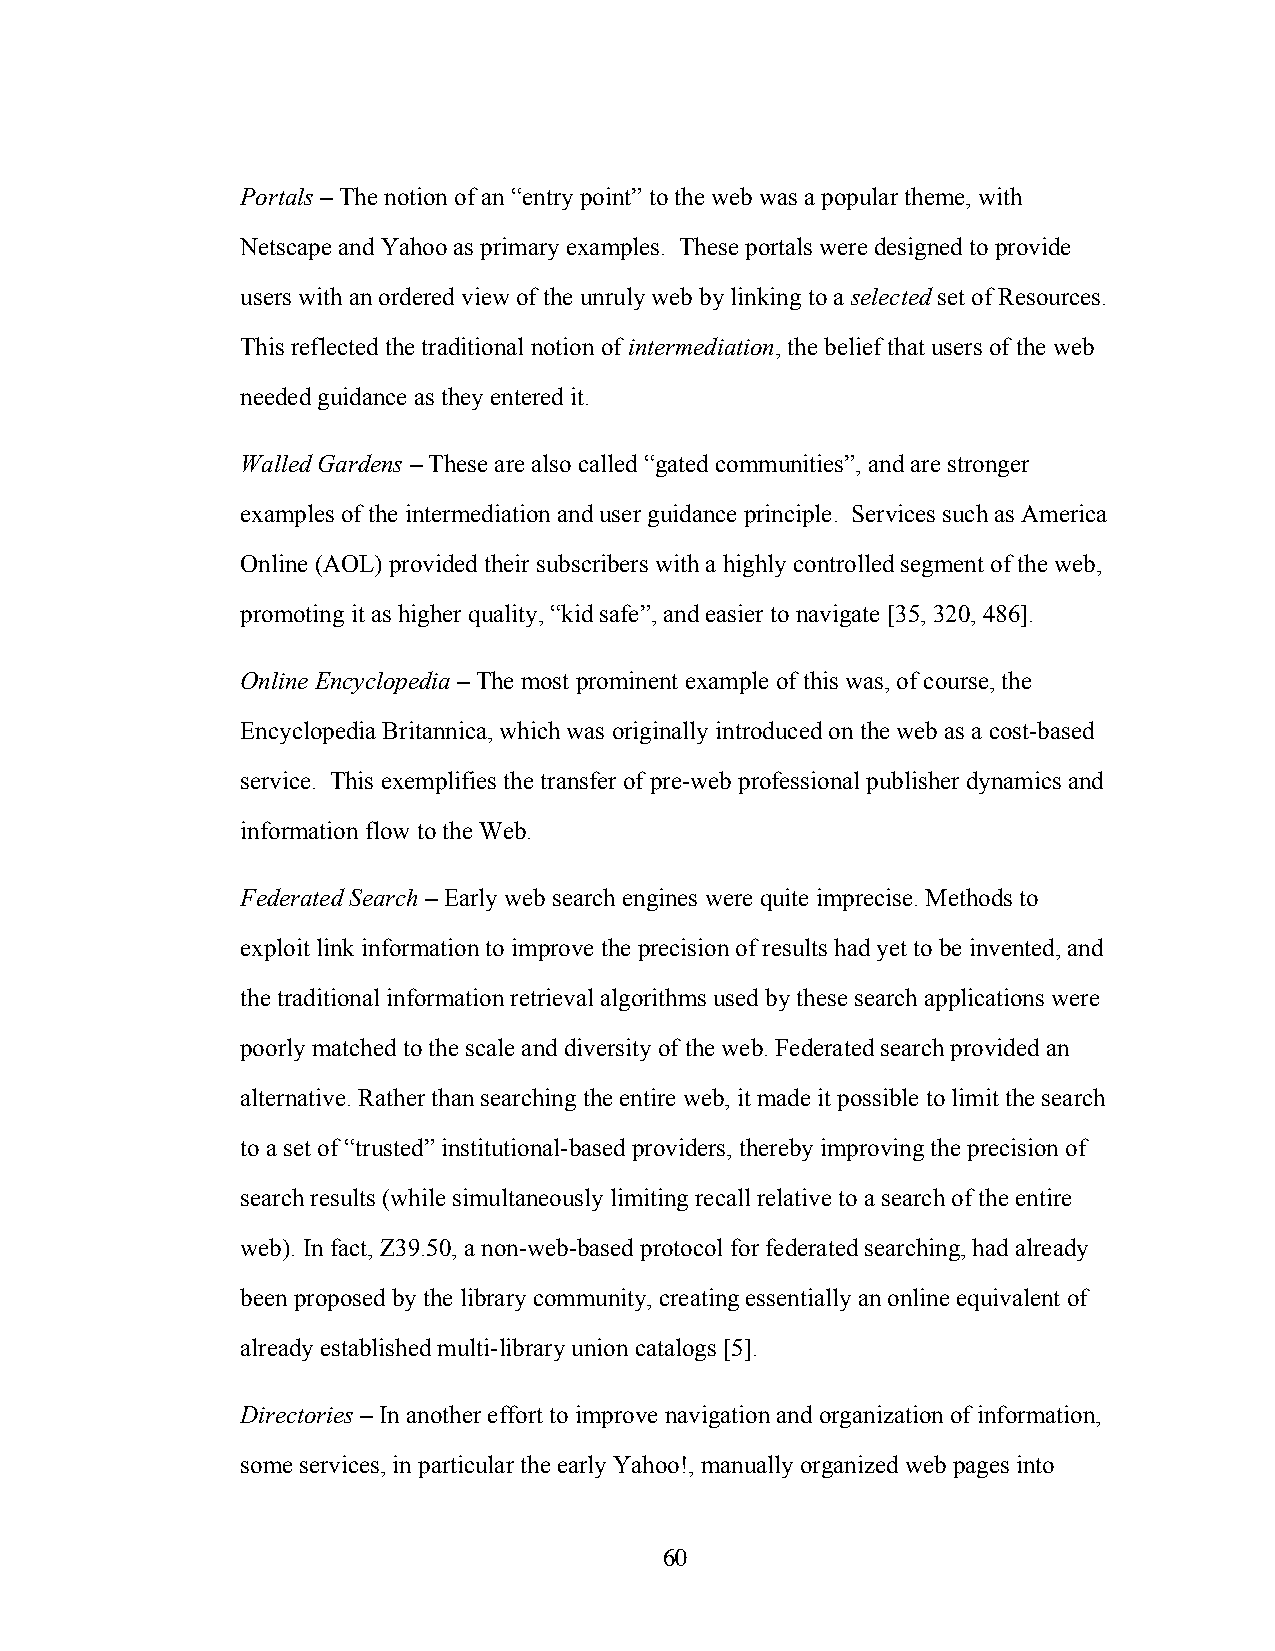
Portals – The notion of an “entry point” to the web was a popular theme, with
 Netscape and Yahoo as primary examples. These portals were designed to provide
 users with an ordered view of the unruly web by linking to a selected set of Resources.
 This reflected the traditional notion of intermediation, the belief that users of the web
 needed guidance as they entered it.
 Walled Gardens – These are also called “gated communities”, and are stronger
 examples of the intermediation and user guidance principle. Services such as America
 Online (AOL) provided their subscribers with a highly controlled segment of the web,
 promoting it as higher quality, “kid safe”, and easier to navigate [35, 320, 486].
 Online Encyclopedia – The most prominent example of this was, of course, the
 Encyclopedia Britannica, which was originally introduced on the web as a cost-based
 service. This exemplifies the transfer of pre-web professional publisher dynamics and
 information flow to the Web.
 Federated Search – Early web search engines were quite imprecise. Methods to
 exploit link information to improve the precision of results had yet to be invented, and
 the traditional information retrieval algorithms used by these search applications were
 poorly matched to the scale and diversity of the web. Federated search provided an
 alternative. Rather than searching the entire web, it made it possible to limit the search
 to a set of “trusted” institutional-based providers, thereby improving the precision of
 search results (while simultaneously limiting recall relative to a search of the entire
 web). In fact, Z39.50, a non-web-based protocol for federated searching, had already
 been proposed by the library community, creating essentially an online equivalent of
 already established multi-library union catalogs [5].
 Directories – In another effort to improve navigation and organization of information,
 some services, in particular the early Yahoo!, manually organized web pages into
 60